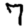
Digit: 7